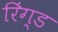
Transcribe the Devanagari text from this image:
रिंग्ड